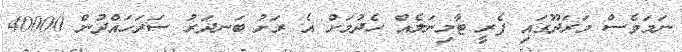
ނަމަވެސް މަރަދޫގައި ފެރީ ޓާމިނަލެއް ހެދުމަށް އެ ރަށު ބަނދަރު ސަރަހައްދުން 40000